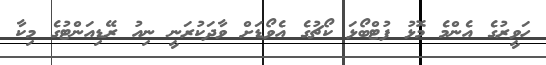
ހަވީރުގެ އެންމެ މޮޅު ފުޓްބޯޅަ ކޯޗުގެ އެވޯޑަށް ވާދަކުރަނީ ނިއު ރޭޑިއަންޓުގެ މިކާ